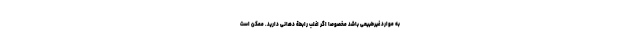
به موارد غیرطبیعی باشد مخصوصاً اگر اغلب رابطة دهانی دارید. ممکن است